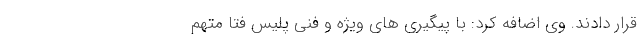
قرار دادند. وی اضافه کرد: با پیگیری های ویژه و فنی پلیس فتا متهم